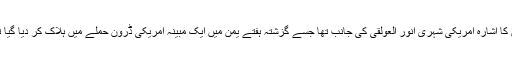
اس کا اشارہ امریکی شہری انور العولقی کی جانب تھا جسے گزشتہ ہفتے یمن میں ایک مبینہ امریکی ڈرون حملے میں ہلاک کر دیا گیا تھا۔